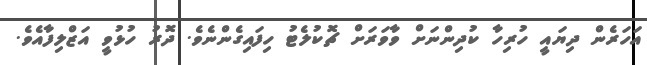
އަހަރެން ދިޔައީ ހުރިހާ ކުދިންނަށް ވާވަރަށް ޗޮކުލެޓު ހިފައިގެންނެވެ. ދޮރު ހުޅުވީ އަޒްލިފާއެވެ.